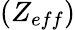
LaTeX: (Z_{eff})